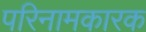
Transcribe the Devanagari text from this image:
परिनामकारक